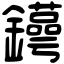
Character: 𨯫